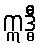
ဣဒ္ဓီ